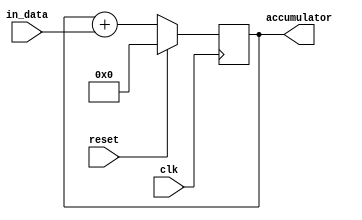
module FixedPointAccumulator (
    input wire [15:0] in_data,
    input wire clk,
    input wire reset,
    output reg [31:0] accumulator
);

always @(posedge clk) begin
    if (reset) begin
        accumulator <= 32'b0;
    end else begin
        accumulator <= accumulator + in_data;
    end
end

endmodule